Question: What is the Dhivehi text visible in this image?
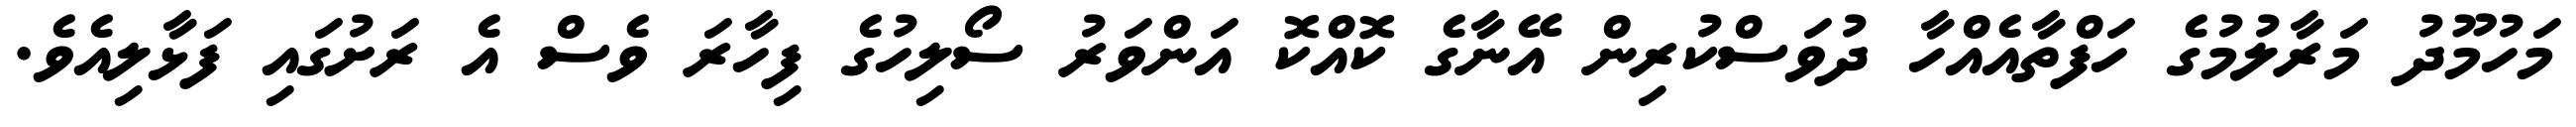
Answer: މަހުމޫދު މަރާލުމުގެ ހަފްތާއެއްހާ ދުވަސްކުރިން އޭނާގެ ކޮއްކޮ އަންވަރު ސޯލިހުގެ ފިހާރަ ވެސް އެ ރަށުގައި ފަޅާލިއެވެ.